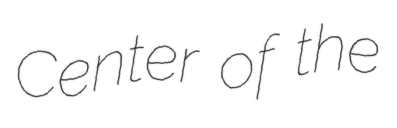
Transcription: Center of the